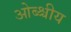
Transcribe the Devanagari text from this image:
ओब्श्चीय